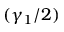
( \gamma _ { 1 } / 2 )